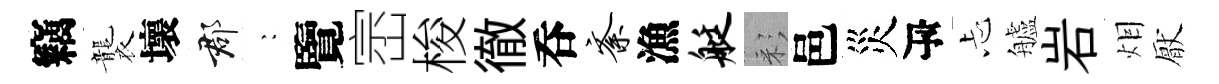
竊襲壞郡巍覽崈梭徹呑紊漁艇彩邑災瓴忐艫岩𤇆厭